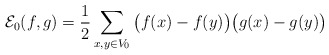
\begin{align*} \mathcal{E}_0 (f,g) = \frac12 \sum_{x,y \in V_0} \big(f(x)-f(y)\big)\big(g(x)-g(y)\big)\end{align*}